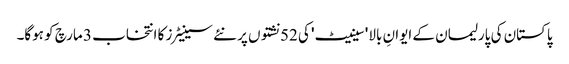
پاکستان کی پارلیمان کے ایوانِ بالا 'سینیٹ' کی 52 نشتوں پر نئے سینیٹرز کا انتخاب 3 مارچ کو ہوگا۔